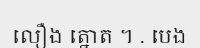
លឿង ត្នោត ។ . បេង